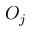
O _ { j }